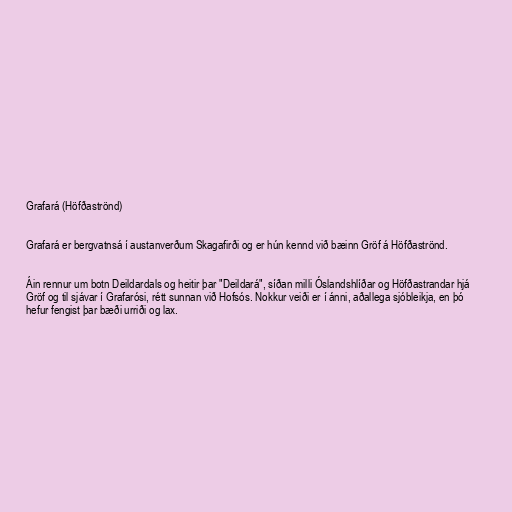
Grafará (Höfðaströnd)

Grafará er bergvatnsá í austanverðum Skagafirði og er hún kennd við bæinn Gröf á Höfðaströnd.

Áin rennur um botn Deildardals og heitir þar "Deildará", síðan milli Óslandshlíðar og Höfðastrandar hjá
Gröf og til sjávar í Grafarósi, rétt sunnan við Hofsós. Nokkur veiði er í ánni, aðallega sjóbleikja, en þó
hefur fengist þar bæði urriði og lax.